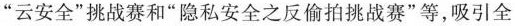
”云安全”挑战赛和”隐私安全之反偷拍挑战赛”等，吸引全